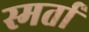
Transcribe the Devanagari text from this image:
स्मर्ता